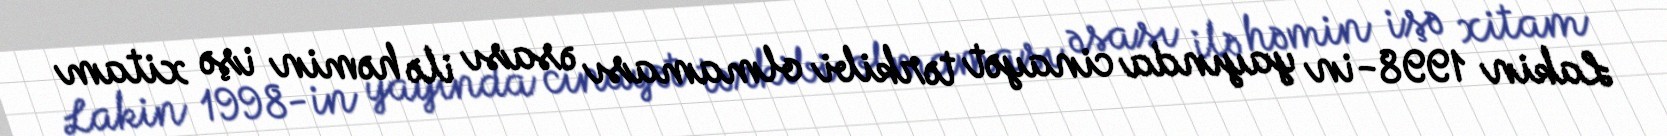
Lakin 1998-in yayında cinayət tərkibi olmaması əsası ilə həmin işə xitam